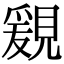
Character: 𧡩